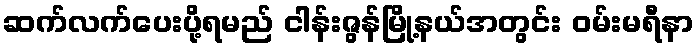
ဆက်လက်ပေးပို့ရမည် ငါန်းဇွန်မြို့နယ်အတွင်း ဝမ်းမရီနာ